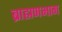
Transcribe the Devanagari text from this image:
ब्राह्मणभाग